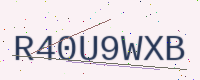
Text: R40U9WXB